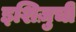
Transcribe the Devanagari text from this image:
इशिज़ुची